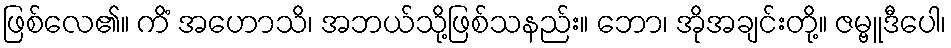
ဖြစ်လေ၏။ ကိံ အဟောသိ၊ အဘယ်သို့ဖြစ်သနည်း။ ဘော၊ အိုအချင်းတို့။ ဇမ္ဗူဒီပေါ၊